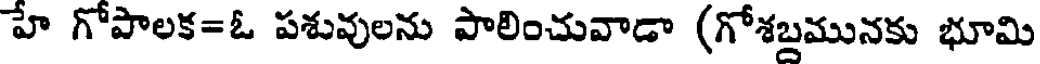
హే గోపాలక=ఓ పశువులను పాలించువాడా (గోశబ్దమునకు భూమి